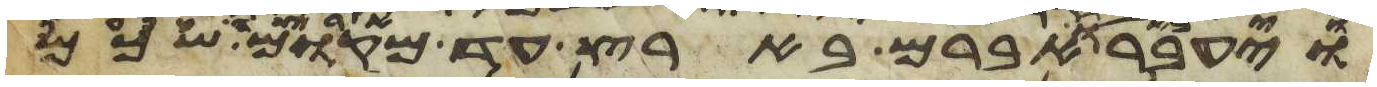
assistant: ויעבר אברם בארץ עד מקום שכם